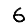
Digit: 6